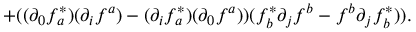
+ ( ( \partial _ { 0 } f _ { a } ^ { * } ) ( \partial _ { i } f ^ { a } ) - ( \partial _ { i } f _ { a } ^ { * } ) ( \partial _ { 0 } f ^ { a } ) ) ( f _ { b } ^ { * } \partial _ { j } f ^ { b } - f ^ { b } \partial _ { j } f _ { b } ^ { * } ) ) .